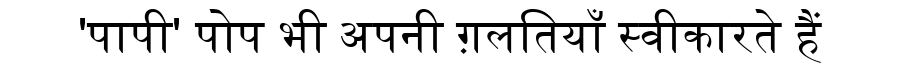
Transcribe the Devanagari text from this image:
'पापी' पोप भी अपनी ग़लतियाँ स्वीकारते हैं